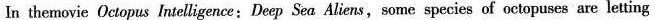
In themovie Octopus Intelligence:Deep Sea Aliens,some species of octopuses are letting